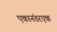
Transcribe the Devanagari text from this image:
एकानंतरएक